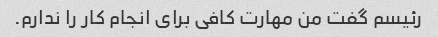
رئیسم گفت من مهارت کافی برای انجام کار را ندارم.